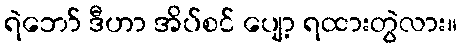
ရဲဘော် ဒီဟာ အိပ်စင် ပျော့ ရထားတွဲလား။